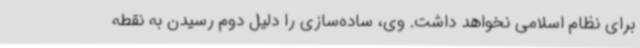
برای نظام اسلامی نخواهد داشت. وی، ساده‌سازی را دلیل دوم رسیدن به نقطه